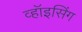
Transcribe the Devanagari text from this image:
व्हॉइसिंग